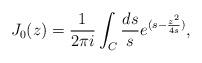
LaTeX: \begin{align*}J_0(z) = \frac{1}{2\pi i} \int_C {ds \over s} e^{(s - {z^2 \over 4s})} ,\end{align*}